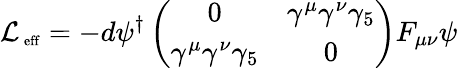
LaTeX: {\cal L}_{\mathrm{\scriptsize~eff}}=-d\psi^{\dagger}\left(\begin{array}{cc}{{0}}&{{\gamma^{\mu}\gamma^{\nu}\gamma_{5}}}\\ {{\gamma^{\mu}\gamma^{\nu}\gamma_{5}}}&{{0}}\end{array}\right)F_{\mu\nu}\psi